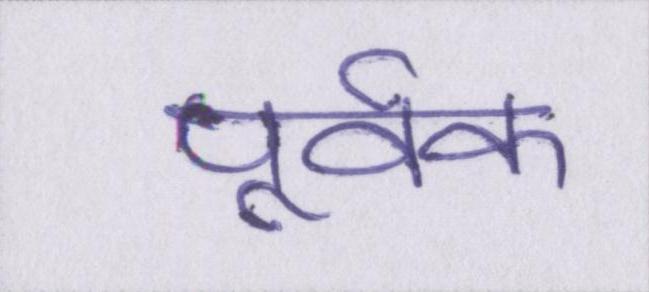
पूर्वक